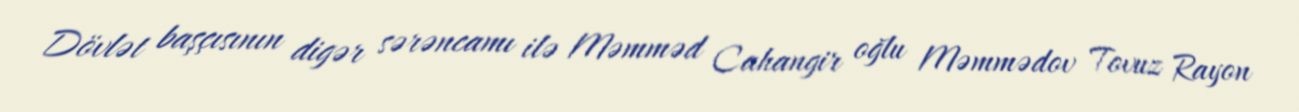
Dövlət başçısının digər sərəncamı ilə Məmməd Cahangir oğlu Məmmədov Tovuz Rayon